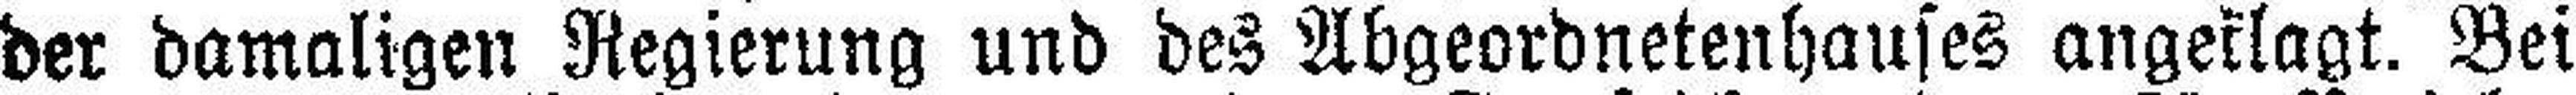
der damaligen Regierung und des Abgeordnetenhauses angeklagt. Bei